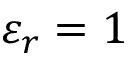
\varepsilon _ { r } = 1